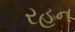
રહન